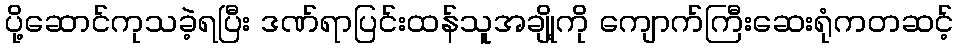
ပို့ဆောင်ကုသခဲ့ရပြီး ဒဏ်ရာပြင်းထန်သူအချို့ကို ကျောက်ကြီးဆေးရုံကတဆင့်